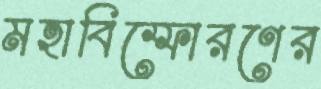
মহাবিস্ফোরণের